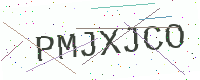
Text: PMJXJCO